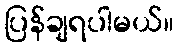
ပြန်ချရပါမယ်။